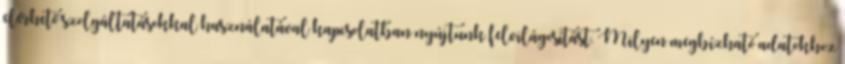
elérhető szolgáltatásokkal használatával kapcsolatban nyújtunk felvilágosítást. Milyen megbízható adatokhoz